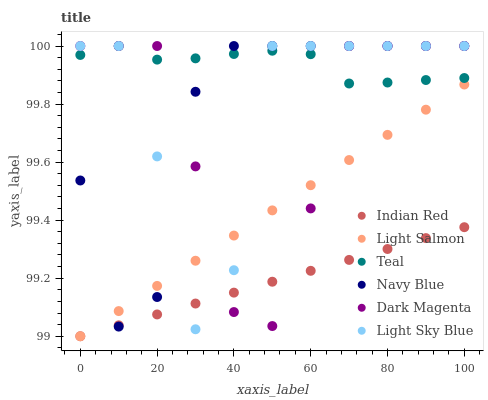
| xaxis_label | Indian Red | Light Salmon | Teal | Navy Blue | Dark Magenta | Light Sky Blue |
 | --- | --- | --- | --- | --- | --- | --- |
 | 0 | 99 | 99 | 100 | 99.5 | 100 | 100 |
 | 10 | 99 | 99.1 | 100 | 99 | 100 | 100 |
 | 20 | 99.1 | 99.2 | 100 | 99.1 | 100 | 99.6 |
 | 30 | 99.1 | 99.3 | 100 | 99.8 | 99.6 | 99 |
 | 40 | 99.2 | 99.3 | 100 | 100 | 99.1 | 99.2 |
 | 50 | 99.2 | 99.4 | 100 | 100 | 99 | 100 |
 | 60 | 99.2 | 99.5 | 100 | 100 | 99.4 | 100 |
 | 70 | 99.3 | 99.6 | 99.9 | 100 | 100 | 100 |
 | 80 | 99.3 | 99.7 | 99.9 | 100 | 100 | 100 |
 | 90 | 99.3 | 99.8 | 99.9 | 100 | 100 | 100 |
 | 100 | 99.4 | 99.9 | 99.9 | 100 | 100 | 100 |